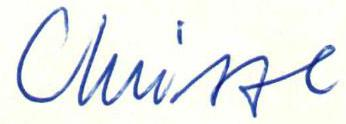
Chrisse